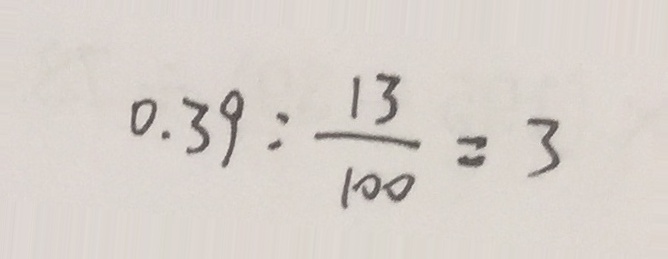
0 . 3 9 : \frac { 1 3 } { 1 0 0 } = 3